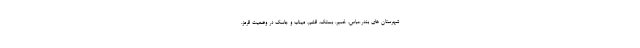
شهرستان های بندرعباس، خمیر، بستک، قشم، میناب و جاسک در وضعیت قرمز،